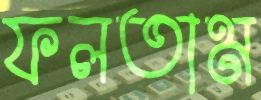
ফলতাম